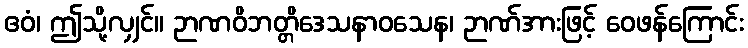
ဧဝံ၊ ဤသို့လျှင်။ ဉာဏဝိဘတ္တိဒေသနာဝသေန၊ ဉာဏ်အားဖြင့် ဝေဖန်ကြောင်း